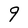
Character: 9